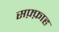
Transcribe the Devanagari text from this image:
सफ़्फ़ाह